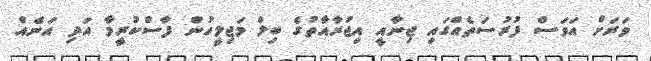
ވަރަށް އަވަސް ފުރުސަތެއްގައި ޖިނާއީ އިޖުރާއާތުގެ ބިލް މަޖިލީހުން ފާސްކުރީމާ އަދި އަނެއް